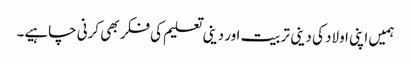
ہمیں اپنی اولاد کی دینی تربیت اور دینی تعلیم کی فکر بھی کرنی چاہیے۔